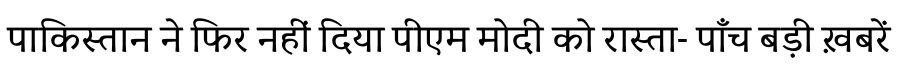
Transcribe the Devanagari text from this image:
पाकिस्तान ने फिर नहीं दिया पीएम मोदी को रास्ता- पाँच बड़ी ख़बरें